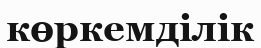
көркемділік